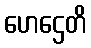
ဟေဌေတိ